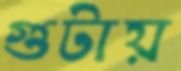
গুটায়